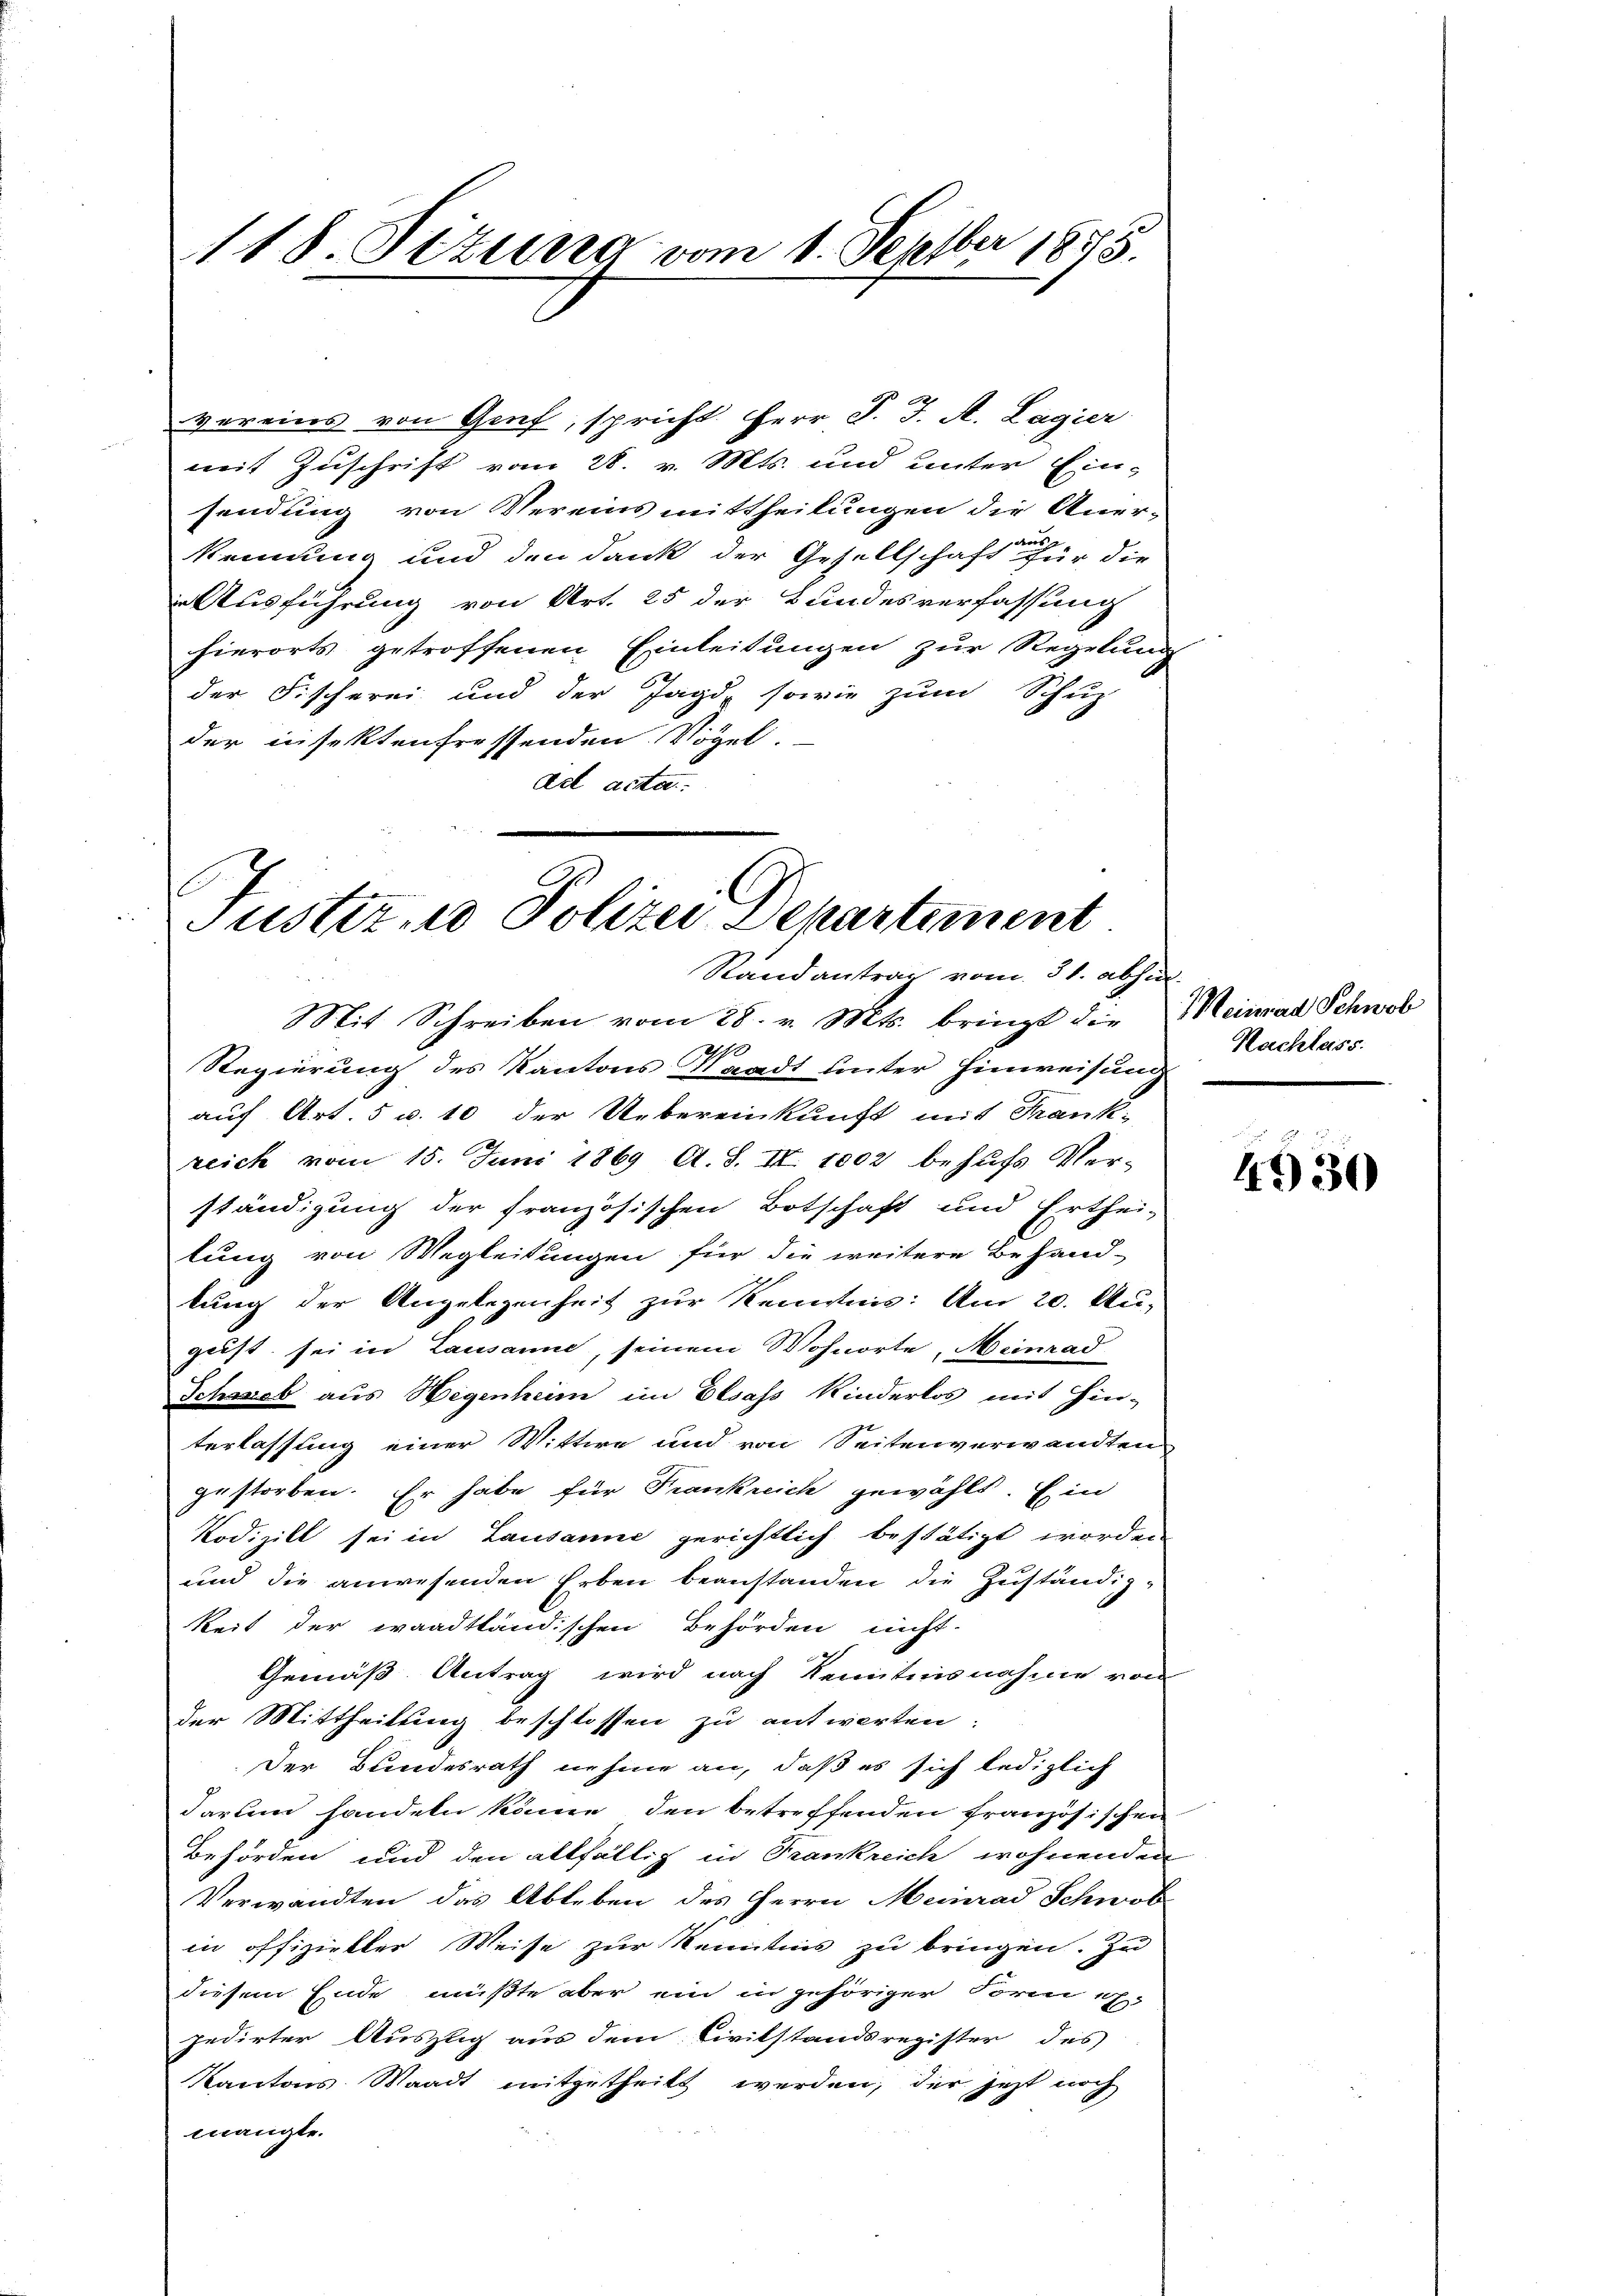
118. Sizung vom 1. Septber 1845.

vereins von Genf, spricht Herr J. J. A. Lagier
mit Zuschrift vom 28. Mts. und unter Ein-
sendung von Vereinsmittheilungen die Aner-
kennung und den Dank der Gesellschaft für die
Ausführung von Art. 25 der Bundesverfassung
hierorts getroffenen Einleitungen zur Regelung
der Fischerei und der Jagd, sowie zum Schup
der insektenfressenden Vögel.
ad acta

Justiz, u. Polizei Departement
Randantrag vom 31. abhin

Mit Schreiben vom 28. v. Mts. bringt die Meinrad Schwol
Regierung des Kantons Waadt unter Hinweisung
auf Art. 5 u. 10 der Uebereinkunft mit Frank-
reich vom 15. Juni 1869 A. S. II. 1002 behufs Ver-
ständigung der französischen Botschaft und Erthei-
lung von Wegleitungen für die weitere Behand-
lung der Angelegenheit zur Kenntnis: Am 20. Au-
geist sei in Lausanne, seinem Wohnorte Meinrad
Schieb aus Wegenheim im Elsass Kinderlos mit Hin-
terlassung einer Wittwe und von Seitenverwandten
gestorben. Er habe für Frankreich gewählt. Ein
Kodizill sei in Lausanne gerichtlich bestätigt worden
und die anwesenden Erben beanstanden die Zuständigkeit der waadtländischen Behörden nicht.
Gemäß Antrag wird nach Kenntnisnahme von
der Mittheilung beschlossen zu antworten.
Der Bundesrath nehme an, daß es sich lediglich
darum handeln könne, den betreffenden französischen
Behörden und den allfällig in Frankreich wohnenden
Verwandten das Ableben des Herrn Meinrad Schwob
in offizieller Weise zur Kenntnis zu bringen. Zu
diesem Ende mußte aber ein in gehöriger Vorin ih
pedirter Aussig aus dem Civilstandsregister des
Kantons Waadt mitgetheilt werden, der jetzt noch
mängte.

Nachlass.

4930